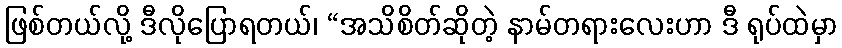
ဖြစ်တယ်လို့ ဒီလိုပြောရတယ်၊ “အသိစိတ်ဆိုတဲ့ နာမ်တရားလေးဟာ ဒီ ရုပ်ထဲမှာ